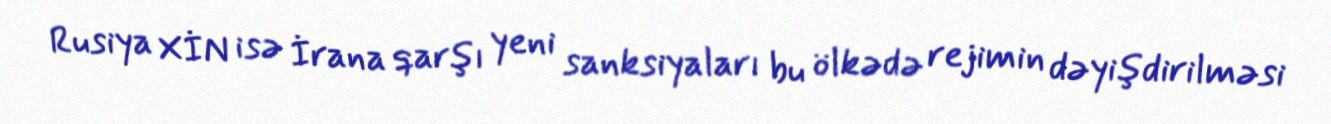
Rusiya XİN isə İrana qarşı yeni sanksiyaları bu ölkədə rejimin dəyişdirilməsi